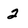
Character: 2